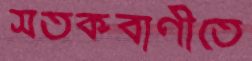
সতর্কবাণীতে